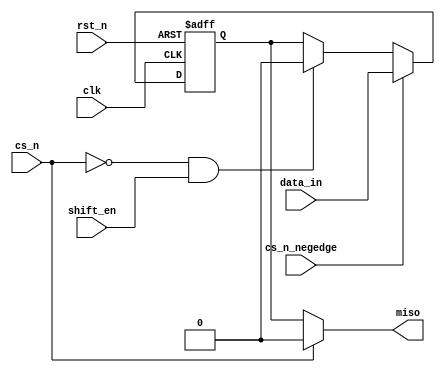
module s_miso//tx
#(
	parameter data_width=1
)
(
	input clk,
	input rst_n,
	input cs_n_negedge,
	input [data_width-1:0]data_in,
	input cs_n,
	input shift_en,
	output miso
);

reg [data_width-1:0] data_reg;

always @(posedge clk or negedge rst_n) begin
	if (!rst_n) //¿ ʱȭ
		data_reg <= 'd0;
	else if(cs_n_negedge)
		data_reg <= data_in;//cs_nǴ    Ʊ
	else if (!cs_n & shift_en) //cs_n=0̰ shift_en=1̸
		data_reg <= {data_reg[data_width-2:0],1'b0};//Ʈ ֱ
	else
		data_reg <= data_reg;
end

assign miso = !cs_n ? data_reg[data_width-1] : 1'd0;//cs_n=0̸ miso  

endmodule